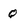
Character: Q